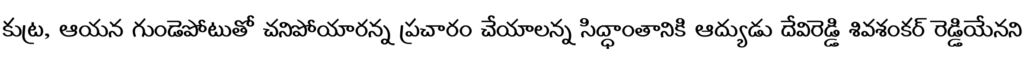
కుట్ర, ఆయన గుండెపోటుతో చనిపోయారన్న ప్రచారం చేయాలన్న సిద్ధాంతానికి ఆద్యుడు దేవిరెడ్డి శివశంకర్ రెడ్డియేనని